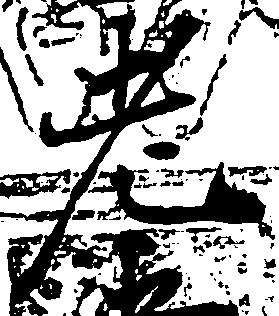
老